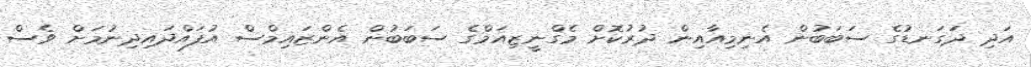
އަދި ދަގަނޑުގެ ސަބަބުން އެނިމިއާއިން ދުރުކޮށް މެގްނީޒިއަމްގެ ސަބަބުން އެންޒައިމްސް އުފައްދައިދިނުމަށް ވެސް